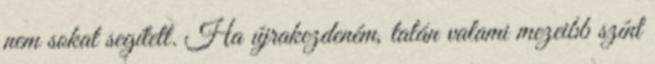
nem sokat segített. Ha újrakezdeném, talán valami mezeibb színt